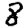
Digit: 8